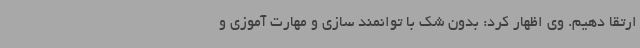
ارتقا دهیم. وی اظهار کرد: بدون شک با توانمند سازی و مهارت آموزی و